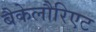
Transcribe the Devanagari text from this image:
बैकेलौरिएट